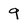
Character: 9